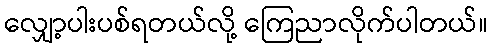
လျှော့ပါးပစ်ရတယ်လို့ ကြေညာလိုက်ပါတယ်။